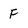
Character: F